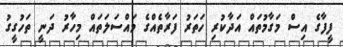
ފީފާގެ އިސް މަގާމުތައް އަދާކުރި ހަތަރު ފަރާތެއްގެ މައްސަލަތައް މިހާރު ދަނީ ތަހުގީގު